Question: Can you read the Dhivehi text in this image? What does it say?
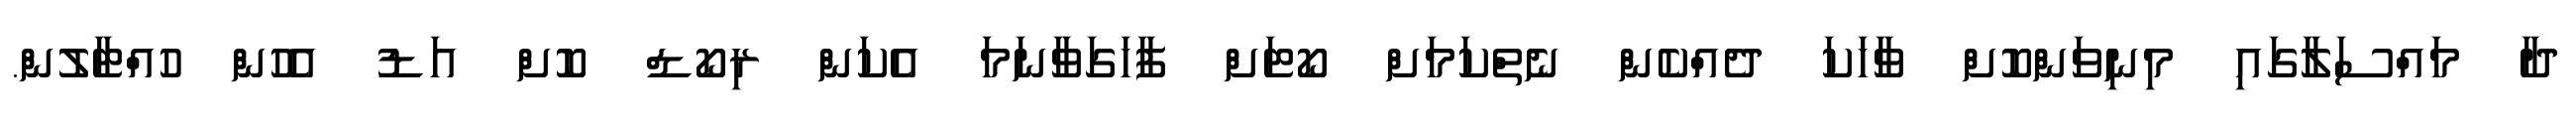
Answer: ދާ މައްސަލާގައި މިނިވަންކޮށް ވާހަކަ ދެއްކެން ނެތްކަމަށް ކޯޓަށް ފާހަގަވާނަމަ އެކަން ރިކޯޑް ކޮށް އަޑު އެހުން ހުއްޓާލުން.